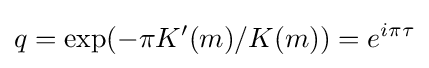
q=\exp(-\pi K'(m)/K(m))=e^{i\pi \tau }